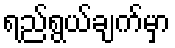
ရည်ရွယ်ချက်မှာ